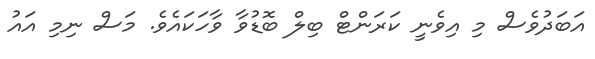
އަބަދުވެސް މި އިވެނީ ކަރަންޓް ބިލް ބޮޑުވާ ވާހަކައެވެ. މަސް ނިމި އައު